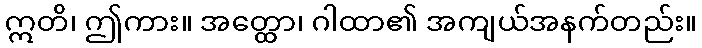
ဣတိ၊ ဤကား။ အတ္ထော၊ ဂါထာ၏ အကျယ်အနက်တည်း။